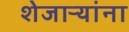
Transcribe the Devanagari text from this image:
शेजाऱ्यांना